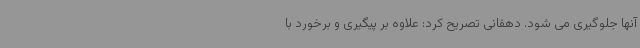
آنها جلوگیری می شود. دهقانی تصریح کرد: علاوه بر پیگیری و برخورد با